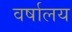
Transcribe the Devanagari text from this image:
वर्षालय